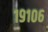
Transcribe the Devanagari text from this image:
१९१०६